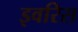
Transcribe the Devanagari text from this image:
इवरिस